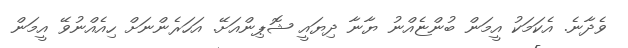
ވެދާނެ. އެކަމަކު އީމަން ބުންޏެއްނު ޔާނާ ދިޔައީ ޝޮޕިންއަށޭ. އަހަރެންނަށް ހިއެއްނުވޭ އީމަން